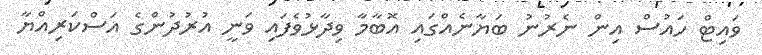
ވައިޓް ހައުސް އިން ނެރުނު ބަޔާނެއްގައި އޮބާމާ ވިދާޅުވެފައި ވަނީ އުރުދުންގެ އަސްކަރިއްޔާ